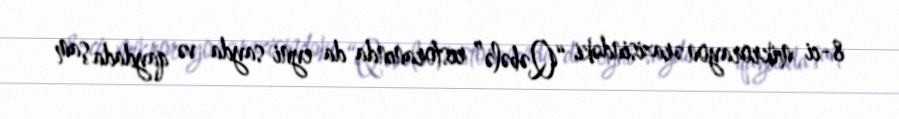
8-ci mikrorayon ərazisindəki “Qəbələ” restoranında da eyni sayda və qaydada şam